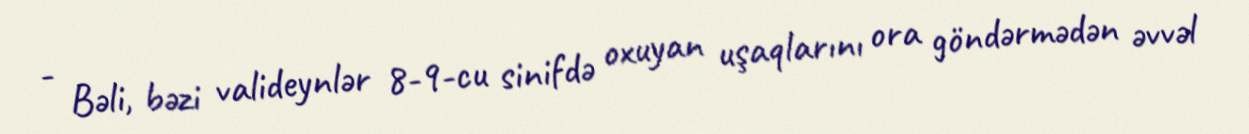
- Bəli, bəzi valideynlər 8-9-cu sinifdə oxuyan uşaqlarını ora göndərmədən əvvəl